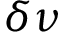
\delta \nu